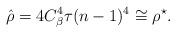
LaTeX: \begin{align*} \hat{\rho} = 4 C_{\beta}^4 \tau (n-1)^4 \cong \rho^{\star}.\end{align*}